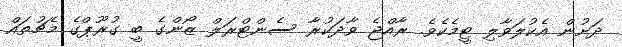
ދަށުން އެކުލަވާލި ޓީމެކެވެ. ރާއްޖެ ވާދަކުރާ ސެންޓްރަލް ޒޯންގެ ބީ ގުރޫޕްގެ މެޗުތައް